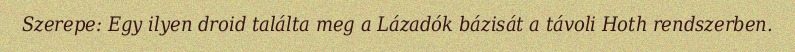
Szerepe: Egy ilyen droid találta meg a Lázadók bázisát a távoli Hoth rendszerben.